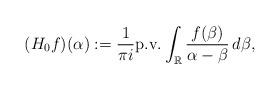
LaTeX: \begin{align*}(H_0 f)(\alpha):=\frac{1}{\pi i}\mathrm{p.v.} \int_{\mathbb{R}}\frac{f(\beta)}{\alpha-\beta}\,d\beta,\end{align*}